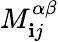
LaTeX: M_{\mathbf{i}j}^{\alpha\beta}